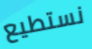
نستطيع